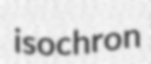
isochron